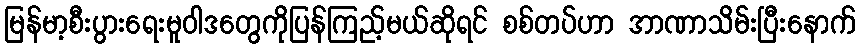
မြန်မာ့စီးပွားရေးမူဝါဒတွေကိုပြန်ကြည့်မယ်ဆိုရင် စစ်တပ်ဟာ အာဏာသိမ်းပြီးနောက်